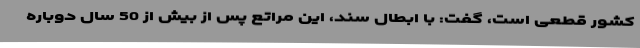
کشور قطعی است، گفت: با ابطال سند، این مراتع پس از بیش از 50 سال دوباره